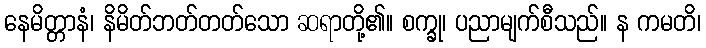
နေမိတ္တာနံ၊ နိမိတ်ဘတ်တတ်သော ဆရာတို့၏။ စက္ခု၊ ပညာမျက်စီသည်။ န ကမတိ၊